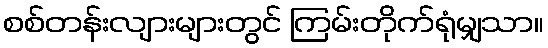
စစ်တန်းလျားများတွင် ကြမ်းတိုက်ရုံမျှသာ။